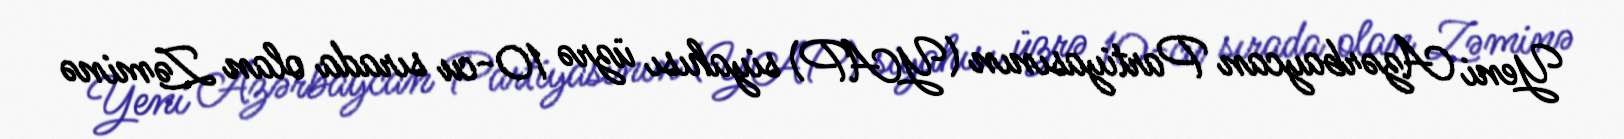
Yeni Azərbaycan Partiyasının (YAP) siyahısı üzrə 10-cu sırada olan Zəminə